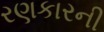
રણકારની